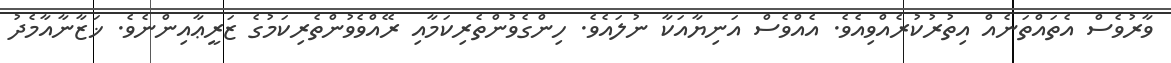
ވާރުވެސް އެތައްތަނެއް އިތުރުކުރެއްވިއެވެ. އެއްވެސް އަނިޔާއަކާ ނުލައެވެ. ހިންގެވުންތެރިކަމާއި ރޭއްވެވުންތެރިކަމުގެ ޒަރީޢާއިންނެވެ. ޚަޒާނާއާމެދު